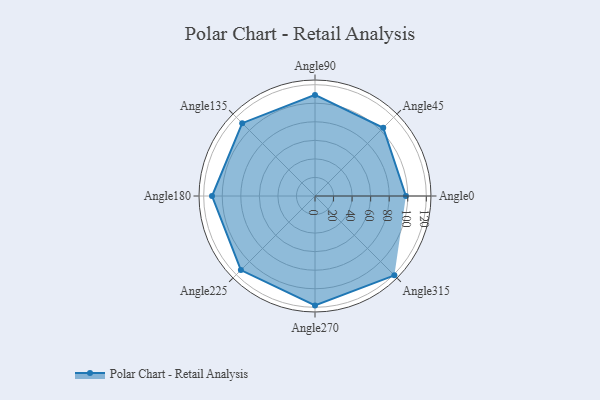
{"axis": {"x": "Angle", "y": "Radius"}, "legend": [""], "data": [{"x": "Angle0", "y": 98.0, "type": ""}, {"x": "Angle45", "y": 104.0, "type": ""}, {"x": "Angle90", "y": 109.0, "type": ""}, {"x": "Angle135", "y": 111.0, "type": ""}, {"x": "Angle180", "y": 111.0, "type": ""}, {"x": "Angle225", "y": 113.0, "type": ""}, {"x": "Angle270", "y": 118.0, "type": ""}, {"x": "Angle315", "y": 121.0, "type": ""}]}